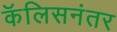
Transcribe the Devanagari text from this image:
कॅलिसनंतर